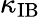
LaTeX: \kappa_{\mathrm{IB}}